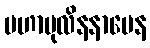
မဟာပုလိနနာမေန